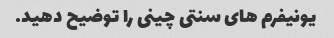
یونیفرم های سنتی چینی را توضیح دهید.